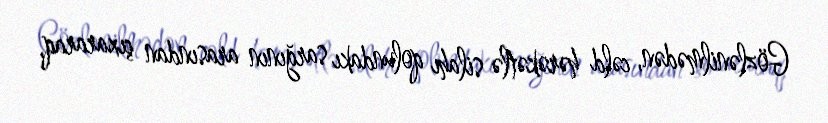
Gözlənilmədən, cəld hərəkətlə silahı qolundakı sarğının arasından çıxararaq,